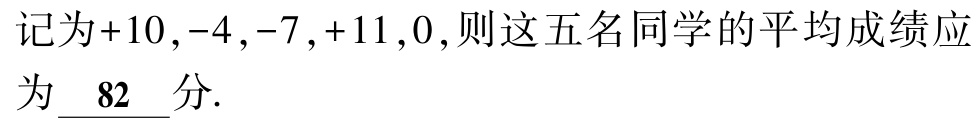
记为+10,-4,-7,+11,0,则这五名同学的平均成绩应为\underline{ 82 }分.